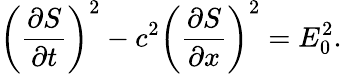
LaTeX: \left(\frac{\partial S}{\partial t}\right)^{2}-c^{2}\left(\frac{\partial S}{\partial x}\right)^{2}=E_{0}^{2}.